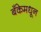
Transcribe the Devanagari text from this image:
बँकेमधून